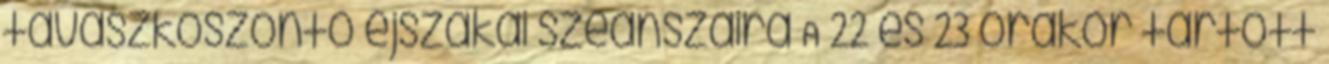
tavaszköszöntő éjszakai szeánszaira A 22 és 23 órakor tartott